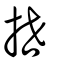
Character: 抴